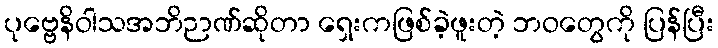
ပုဗ္ဗေနိဝါသအဘိဉာဏ်ဆိုတာ ရှေးကဖြစ်ခဲ့ဖူးတဲ့ ဘဝတွေကို ပြန်ပြီး